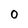
Character: 0